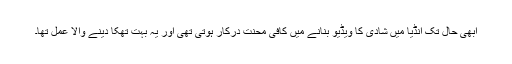
ابھی حال تک انڈیا میں شادی کا ویڈیو بنانے میں کافی محنت درکار ہوتی تھی اور یہ بہت تھکا دینے والا عمل تھا۔